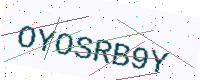
Text: OYOSRB9Y